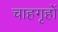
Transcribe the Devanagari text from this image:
चाहगृहों